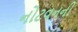
નોટવનની